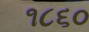
૧૮૬૦